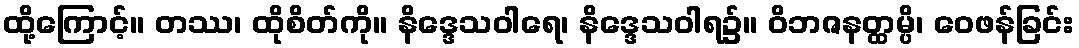
ထို့ကြောင့်။ တဿ၊ ထိုစိတ်ကို။ နိဒ္ဒေသဝါရေ၊ နိဒ္ဒေသဝါရ၌။ ဝိဘဇနတ္ထမ္ပိ၊ ဝေဖန်ခြင်း